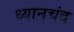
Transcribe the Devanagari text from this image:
ध्‍यानचंद